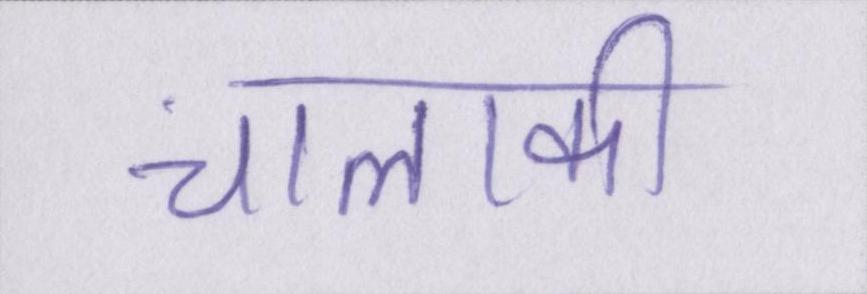
चालाकी